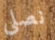
نصلي